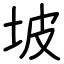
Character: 坡